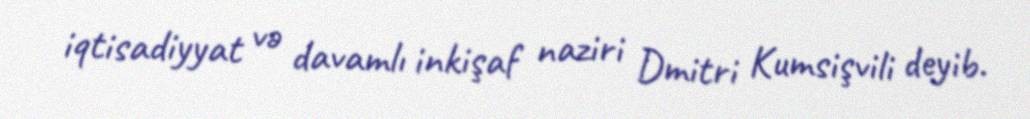
iqtisadiyyat və davamlı inkişaf naziri Dmitri Kumsişvili deyib.